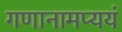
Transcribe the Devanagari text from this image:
गणानामप्ययं